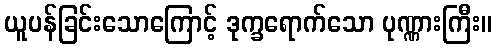
ယူပန်ခြင်းသောကြောင့် ဒုက္ခရောက်သော ပုဏ္ဏားကြီး။